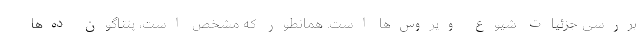
بررسی جزئیات شیوع ویروس‌ها است. همانطور که مشخص است، پنتاگون ده‌ها